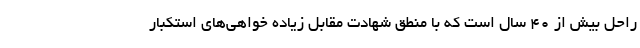
راحل بیش از ۴۰ سال است که با منطق شهادت مقابل زیاده خواهی‌های استکبار